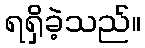
ရရှိခဲ့သည်။